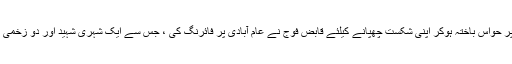
ایک دفعہ پر حواس باختہ ہوکر اپنی شکست چھپانے کیلئے قابض فوج نے عام آبادی پر فائرنگ کی ، جس سے ایک شہری شہید اور دو زخمی ہوئے ہیں ۔